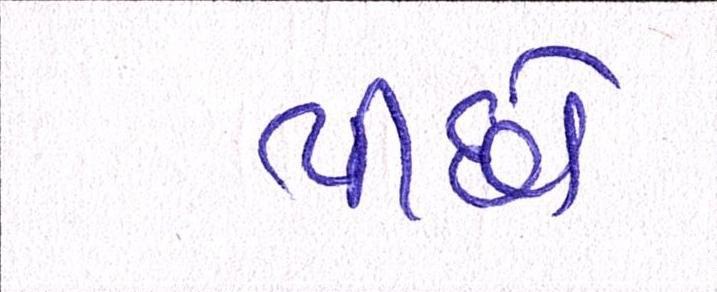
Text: પીછો